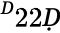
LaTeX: ^Ḋ22Ḍ